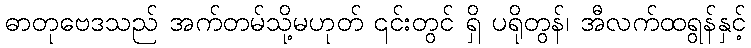
ဓာတုဗေဒသည် အက်တမ်သို့မဟုတ် ၎င်းတွင် ရှိ ပရိုတွန်၊ အီလက်ထရွန်နှင့်